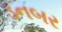
ડનબર